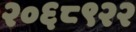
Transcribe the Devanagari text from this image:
२०६८९२२